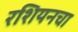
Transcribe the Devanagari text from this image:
रशियनचा